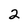
Character: 2